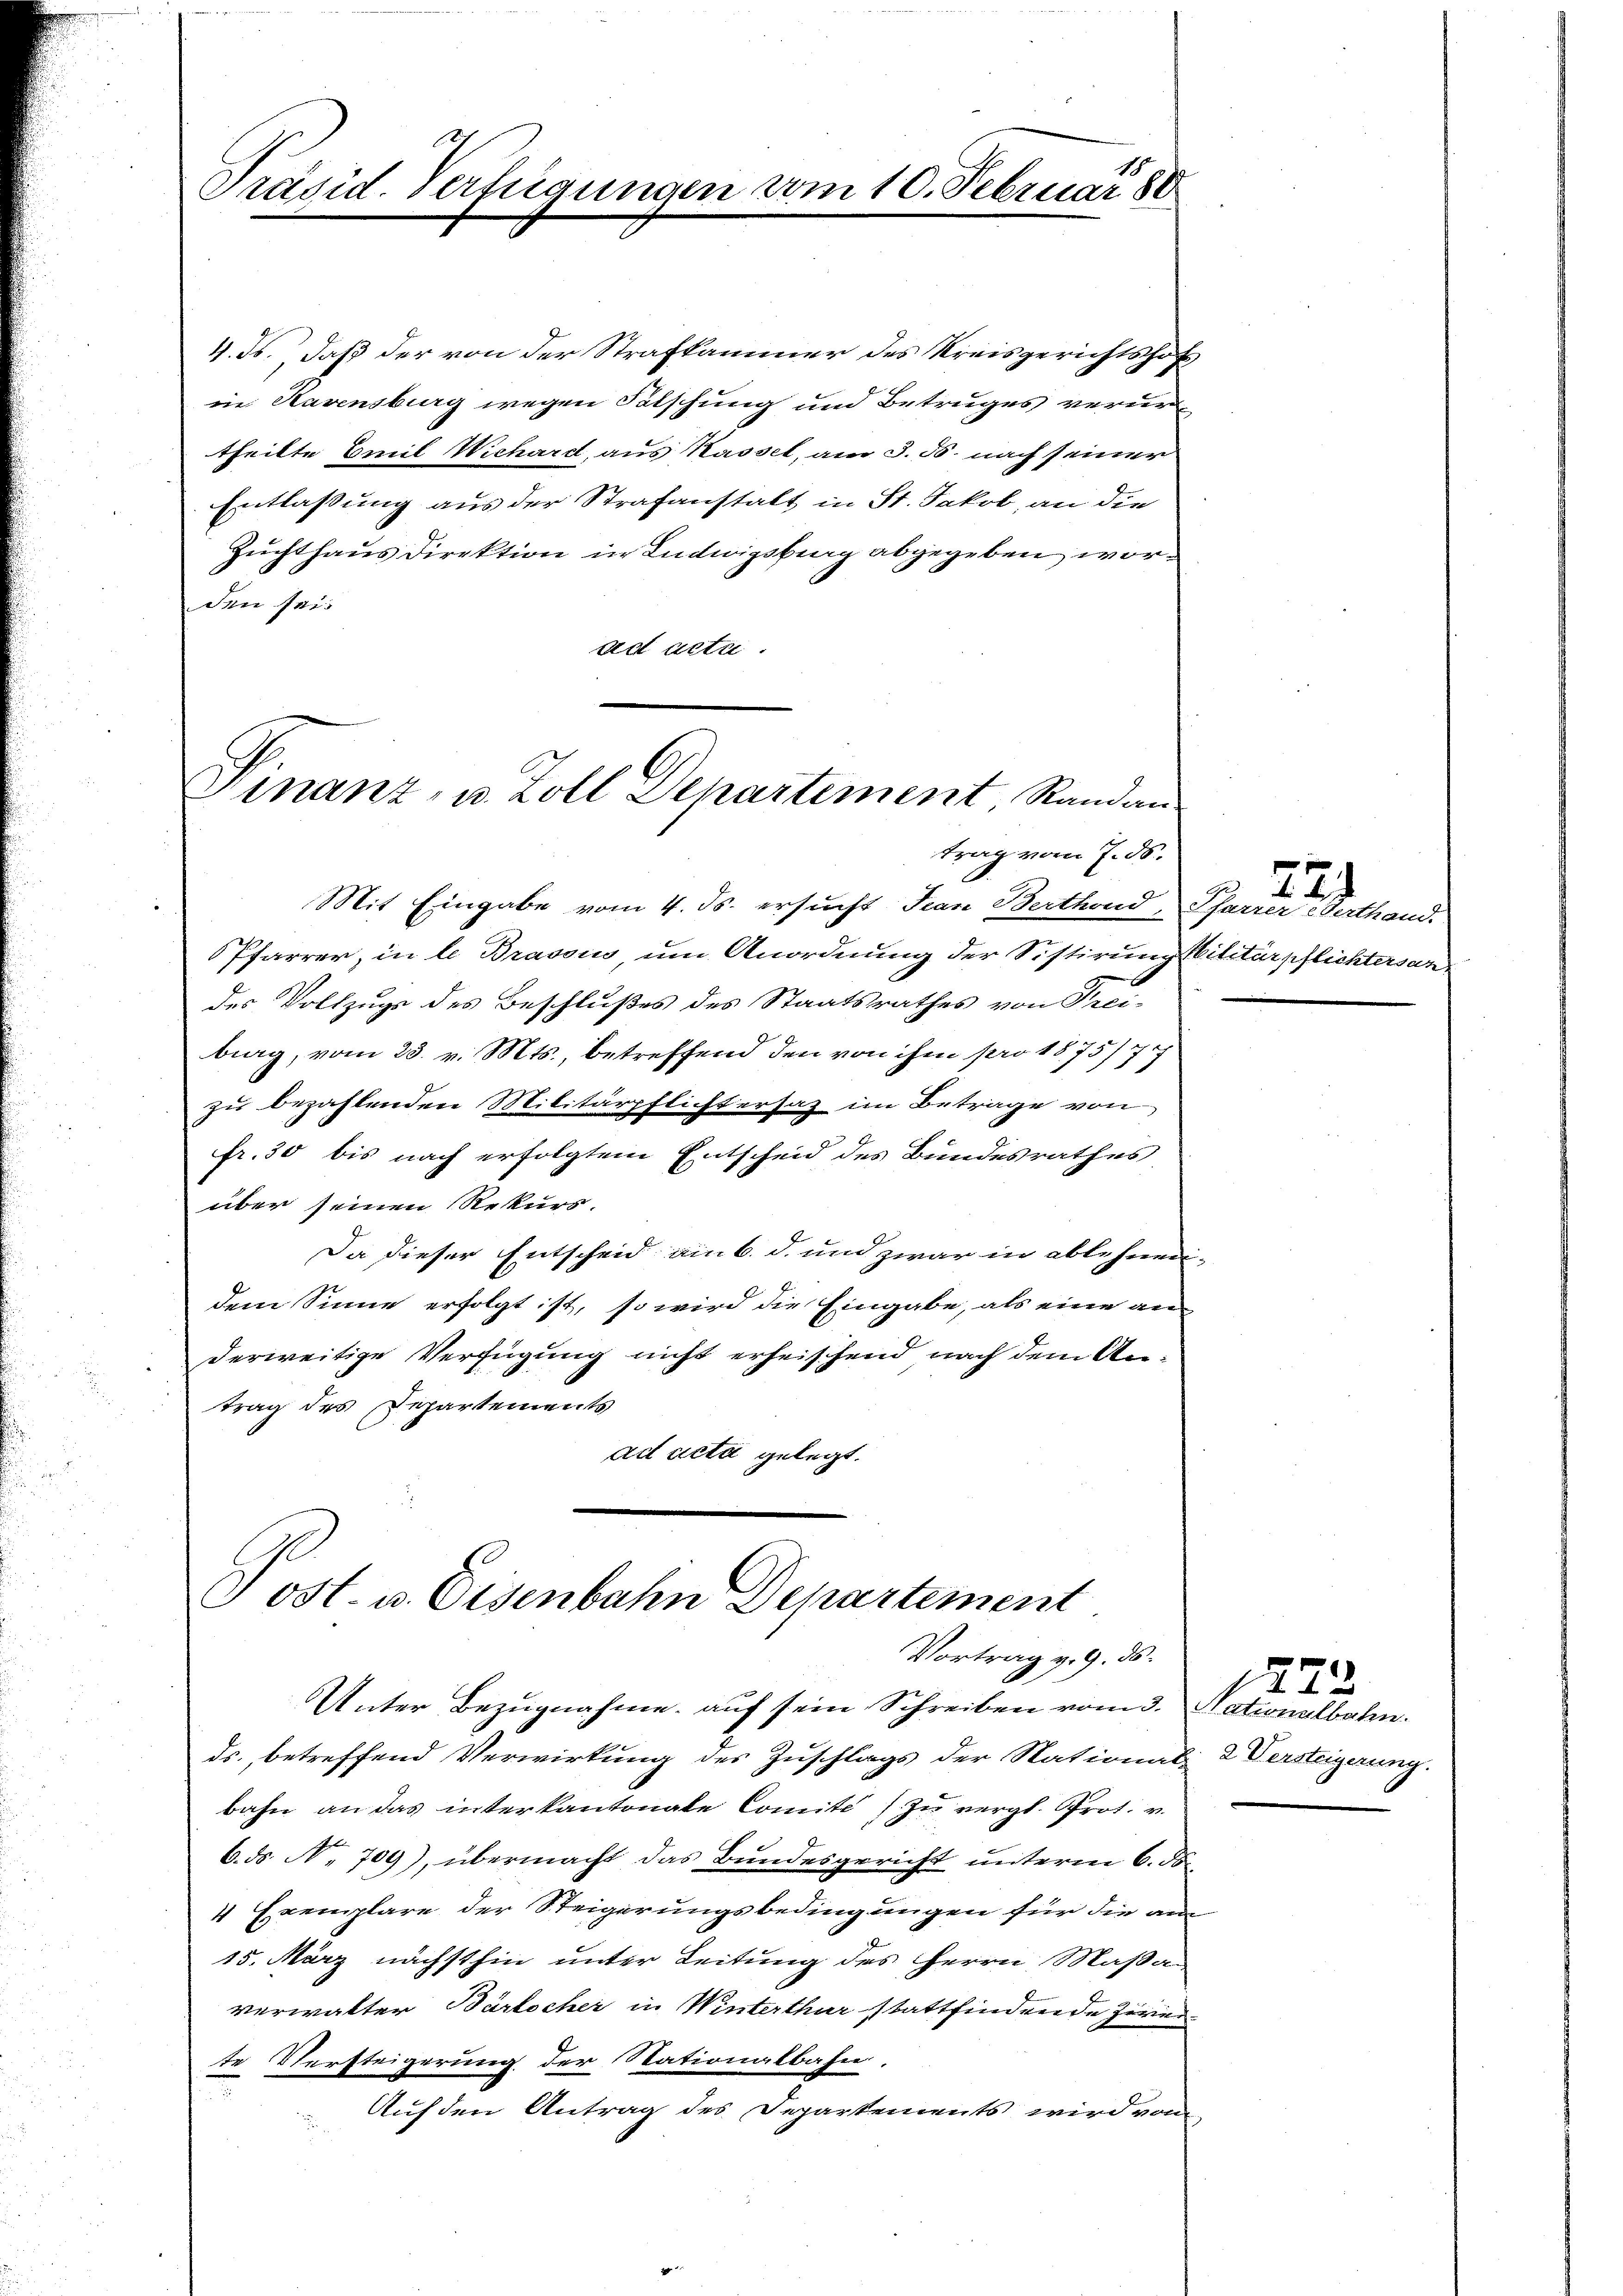
Präsid. Verfügungen vom 10. Februar 80

4. ds. daß der von der Strafkammer des Kreisgerichtshof
in Havensburg wegen Fälschung und Betruges verurtheilte Emil Wichardt, aus Kasset, am 3. ds. nach seiner
Entlassung aus der Strafanstalt in St. Jakob, an die
Zuchthaus Direktion in Ludwigsburg abgegeben worden sei.
ad acte.

Finanz, u. Zoll Departement, Randan
trag vom 7. ds.

Mit Eingabe vom 4. ds. ersucht Jean Berthond, Pfarrer erthand.
Pfarrer, in le Brassin um Anordnung der Sistirung stilitärpflichtersandes Vollzugs des Beschlußes des Staatsrathes von Freibig, vom 23. v. Mts., betreffend den von ihm pro 1875/7
zu bezahlenden Militärpflichtersaz im Betrage von
fr. 30 bis nach erfolgtem Entscheid des Bundesrathes
über seinen Rekurs.
Da dieser Entscheid am 6. d. und zwar in ablehnen-
dem Sinne erfolgt ist, so wird die Eingabe, als eine an
derweitige Verfügung nicht erheischend nach dem Antrag des Departements
ad acta gelegt.

Post. v. Eisenbahn Departement
Vortrag v. 9. ds.

224

Unter Bezugnahme auf sein Schreiben vom 3. Nationalbahn.
ds. betreffend Verwirkung des Zuschlags der National- & Versteigerung.
bahn an das interkantonale Comité) zu vergl. Prot. v.
6. ds. N. 709), übermacht das Bundesgericht unterm 6. ds.
4 Exemplare der Steigerungsbedingungen für die aus
15. März nächsthin unter Leitung des Herrn Maßan
verwalter Bärtocher in Winterthur stattfindende Zerer
te Versteigerung der Stationalbahn.
Auf den Antrag des Departements wird vom

1272